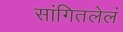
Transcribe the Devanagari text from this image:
सांगितलेलं